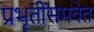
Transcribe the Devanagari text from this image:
प्रभृतींसमवेत